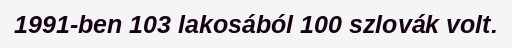
1991-ben 103 lakosából 100 szlovák volt.